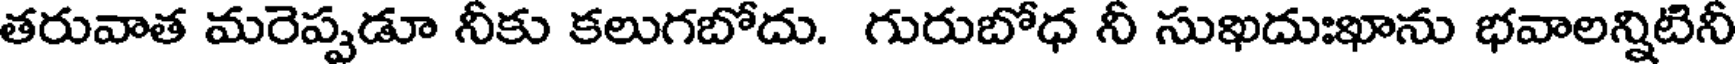
తరువాత మరెప్పడూ నీకు కలుగబోదు. గురుబోధ నీ సుఖదుఃఖాను భవాలన్నిటినీ